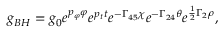
\displaystyle { g _ { B H } = g _ { 0 } e ^ { p _ { \varphi } \varphi } e ^ { p _ { t } t } e ^ { - \Gamma _ { 4 5 } \chi } e ^ { - \Gamma _ { 2 4 } \theta } e ^ { \frac { 1 } { 2 } \Gamma _ { 2 } \rho } } ,